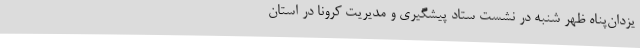
یزدان‌پناه ظهر شنبه در نشست ستاد پیشگیری و مدیریت کرونا در استان